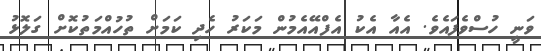
ވަނީ ހުސްވެފައެވެ. އެއާ އެކު އެފްއޭއެމުން މަކަރު ހެދި ކަމަށް ތުހުއްމަތުކޮށް ގަލޮޅު